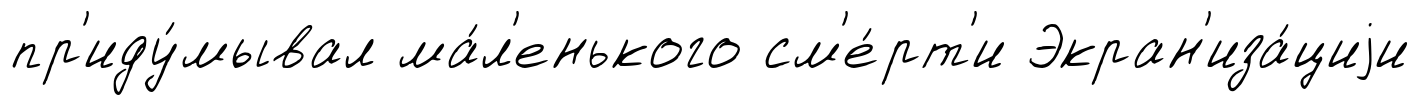
пр'иду́мывал ма́л'енького см'е́рт'и Экран'иза́циjи